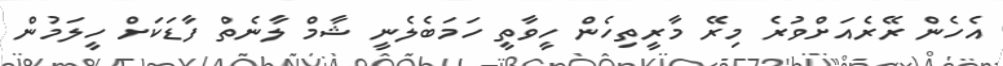
އެހެން ރޭރެއަށްވުރެ މިރޭ މާރީތިހެން ހީވާތީ ހަމަބެލެނީ ޝާމް ލާނެތް ފާޑަކަށް ހީލަމުން